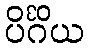
ပိင်္ဂိယ